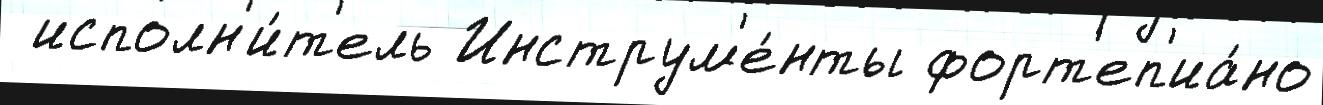
 исполн'и́т'ель Инструм'е́нты форт'еп'иа́но